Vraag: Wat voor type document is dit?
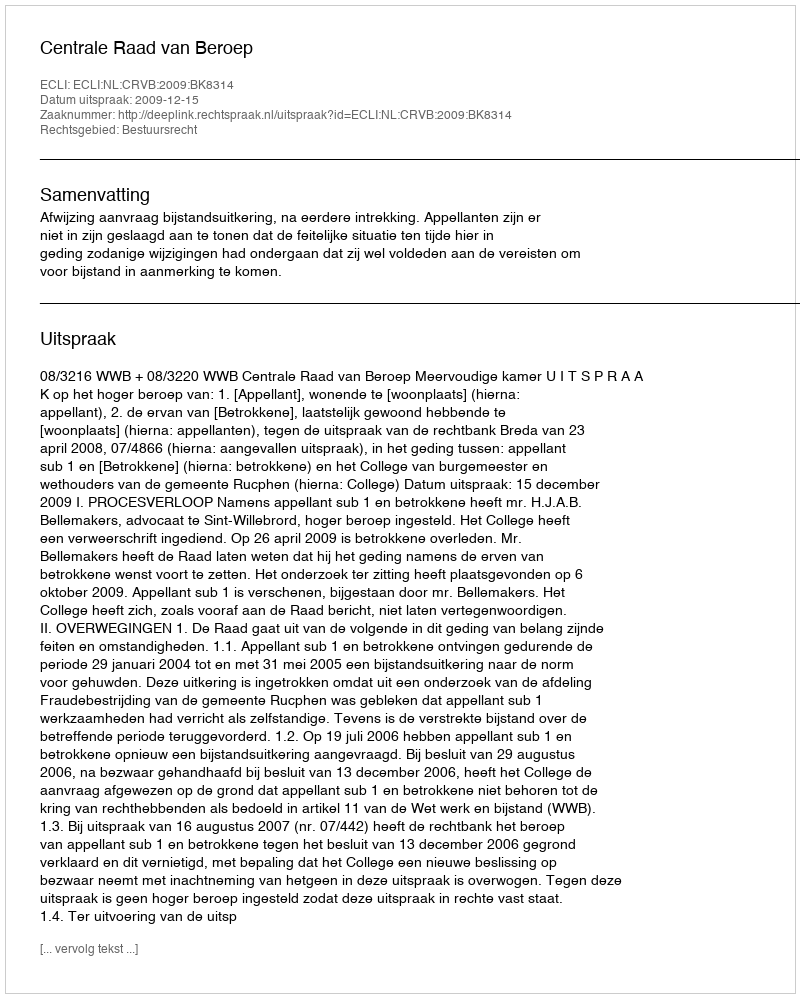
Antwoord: Uitspraak